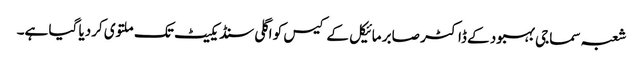
شعبہ سماجی بہبود کے ڈاکٹر صابر مائیکل کے کیس کو اگلی سنڈیکیٹ تک ملتوی کردیا گیا ہے۔